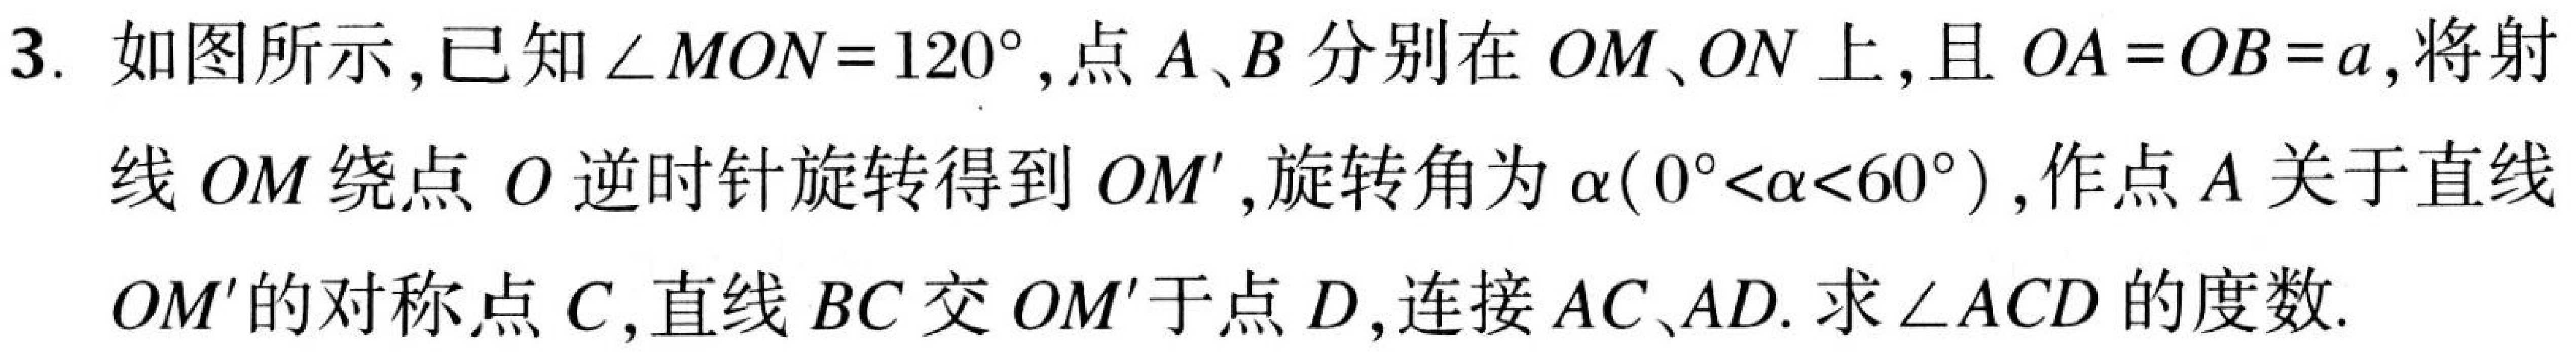
3. 如图所示,已知$\angle MON = 120^{\circ}$,点$A、B$分别在$OM、ON$上,且$OA = OB = a$,将射线$OM$绕点$O$逆时针旋转得到$OM'$,旋转角为$\alpha(0^{\circ}<\alpha<60^{\circ})$,作点$A$关于直线$OM'$的对称点$C$,直线$BC$交$OM'$于点$D$,连接$AC、AD$.求$\angle ACD$的度数.